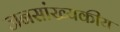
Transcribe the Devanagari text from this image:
जनसांख्यकीय